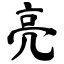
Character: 亮